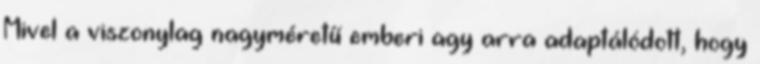
Mivel a viszonylag nagyméretű emberi agy arra adaptálódott, hogy